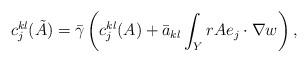
LaTeX: \begin{align*}c_j^{kl}(\tilde{A}) = \bar{\gamma}\left( c_j^{kl}(A) + \bar{a}_{kl} \int_Y r A e_j\cdot \nabla w\right),\end{align*}